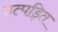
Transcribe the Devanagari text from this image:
उत्पड़ित